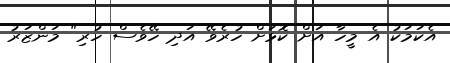
އެކަމަކު އެ މީހާ އަށް ކޮޅަށް ހުރެވޭ އަދި ހޭވެސް ހުރި" މަންޒަރު